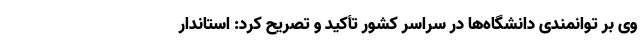
وی بر توانمندی دانشگاه‌ها در سراسر کشور تأکید و تصریح کرد: استاندار